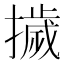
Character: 𭢴